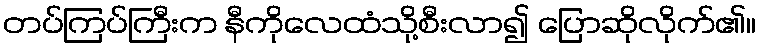
တပ်ကြပ်ကြီးက နီကိုလေထံသို့စီးလာ၍ ပြောဆိုလိုက်၏။